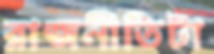
রাজনীতিটা